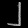
Digit: ၂